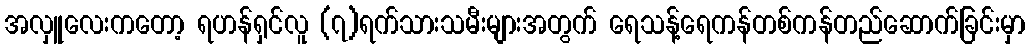
အလှူလေးကတော့ ရဟန်ရှင်လူ (၇)ရက်သားသမီးများအတွက် ရေသန့်ရေကန်တစ်ကန်တည်ဆောက်ခြင်းမှာ